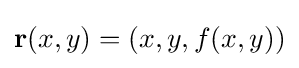
\mathbf {r} (x,y)=(x,y,f(x,y))